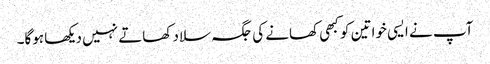
آپ نے ایسی خواتین کو کبھی کھانے کی جگہ سلاد کھاتے نہیں دیکھا ہوگا۔